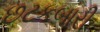
છટકબારી